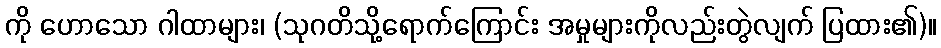
ကို ဟောသော ဂါထာများ၊ (သုဂတိသို့ရောက်ကြောင်း အမှုများကိုလည်းတွဲလျက် ပြထား၏)။